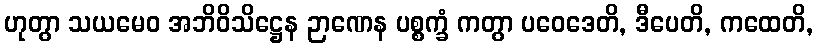
ဟုတွာ သယမေဝ အဘိဝိသိဋ္ဌေန ဉာဏေန ပစ္စက္ခံ ကတွာ ပဝေဒေတိ, ဒီပေတိ, ကထေတိ,